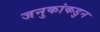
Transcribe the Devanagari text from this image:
जनुकांकडुन